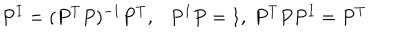
LaTeX: P ^ { I } = ( P ^ { T } P ) ^ { - 1 } P ^ { T } , P ^ { I } P = 1 , ~ P ^ { T } P P ^ { I } = P ^ { T }